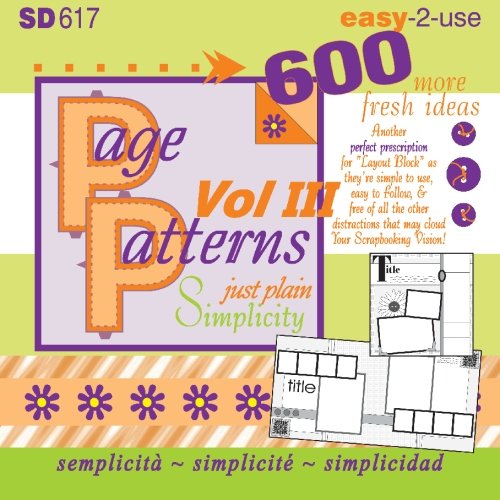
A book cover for Page Patterns Vol III; Cheryl L Bradbury; Crafts, Hobbies & Home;